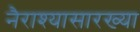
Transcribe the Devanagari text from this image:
नैराश्यासारख्या